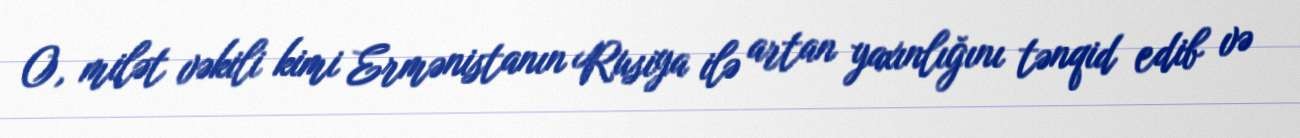
O, milət vəkili kimi Ermənistanın Rusiya ilə artan yaxınlığını tənqid edib və